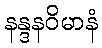
နန္ဒနဝိမာနံ